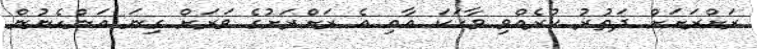
ރަށްރަށަށް ދަތުރު ކުރެއްވި ވާހަކަ އާއި އެ ރަށްރަށުގެ ވަރަށް ގިނަ އަންހެނުން